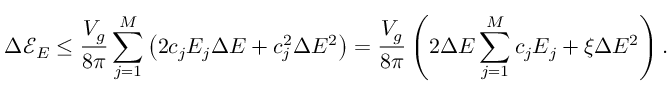
\Delta \mathcal { E } _ { E } \leq \frac { V _ { g } } { 8 \pi } \sum _ { j = 1 } ^ { M } \left( 2 c _ { j } E _ { j } \Delta E + c _ { j } ^ { 2 } \Delta E ^ { 2 } \right) = \frac { V _ { g } } { 8 \pi } \left( 2 \Delta E \sum _ { j = 1 } ^ { M } c _ { j } E _ { j } + \xi \Delta E ^ { 2 } \right) .